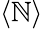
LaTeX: \left\langle\mathbb{N}\right\rangle